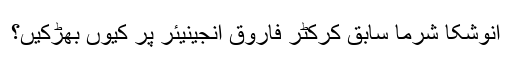
انوشکا شرما سابق کرکٹر فاروق انجینیئر پر کیوں بھڑکیں؟